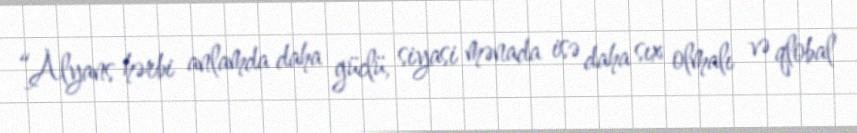
“Alyans hərbi anlamda daha güclü, siyasi mənada isə daha sıx olmalı və qlobal